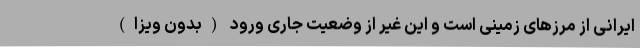
ایرانی از مرزهای زمینی است و این غیر از وضعیت جاری ورود (بدون ویزا)